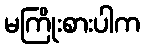
မကြိုးစားပါက